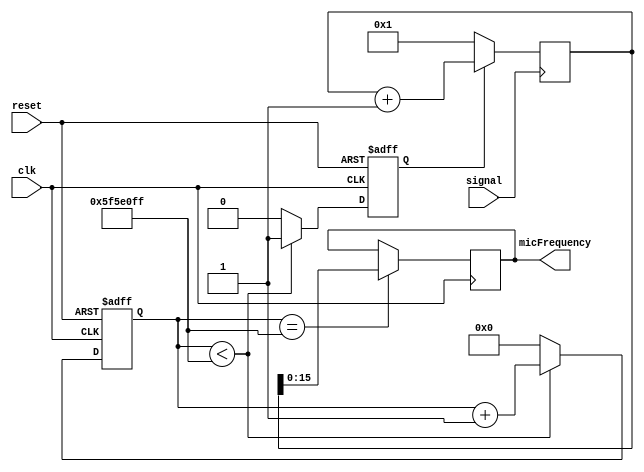
module MicFreq #(
    parameter
    WAVE_FREQ  = 10,
    PULSE_FREQ = 1000,
    SYS_FREQ   = 100000) (
    input clk,
    input reset,
    input signal,
    output [15:0] micFrequency);
    
    localparam WAVE_WINDOW        = 100000000;
    localparam SMALL_WAVE_WINDOW  = WAVE_WINDOW/100;
    localparam WAVE_HALF          = WAVE_WINDOW >> 1;
    localparam WAVE_COUNTER_BITS  = $clog2(WAVE_WINDOW) + 1;
    reg [15:0] micFrequency = 15'd1234;
    reg[WAVE_COUNTER_BITS-1:0] pulseCounter = 0;
    reg[WAVE_COUNTER_BITS-1:0] sigOn = 0;
    reg boolWire = 1;
    always @(posedge clk or posedge reset) begin
        if(reset) begin
            pulseCounter <= 0;
            boolWire <= 0;
        end else begin
            if(pulseCounter < WAVE_WINDOW-1) begin
                pulseCounter <= pulseCounter + 1;
                boolWire <= 1;
            end else begin
                pulseCounter <= 0;
                boolWire <= 0;
            end
        end
    end
    


    always @(posedge signal)begin
            sigOn <= boolWire ? sigOn + 1: 1;
    end


    always @(negedge clk) begin
        if(pulseCounter == WAVE_WINDOW-1)
            micFrequency <= sigOn; //* 200;
    end

    
endmodule